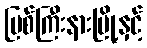
မြစ်ကြီးနားမြို့နှင့်